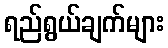
ရည်ရွယ်ချက်များ